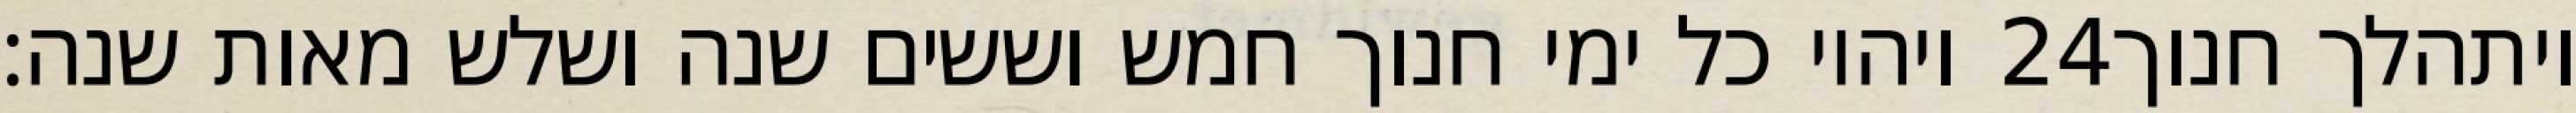
ויהיו כל ימי חנוך חמש וששים שנה ושלש מאות שנה׃ ‎24‏ ויתהלך חנוך